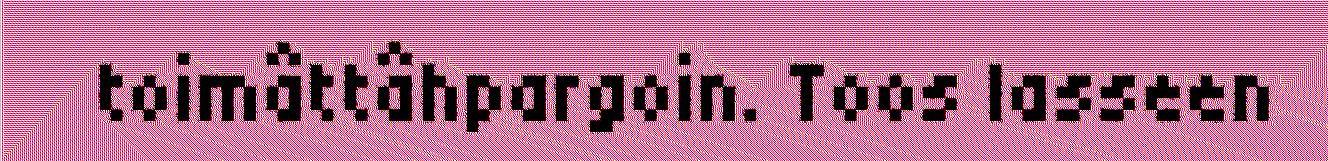
toimâttâhpargoin. Toos lasseen